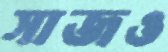
সাজও